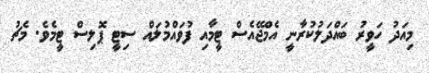
މިއަދު ހަވީރު ބައްދަލުކުރާނީ އެމްޖޭއެސް ޓީމާއި ފުވައްމުލައް ސިޓީ ޕޮލިސް ޓީމެވެ. މެޗު